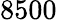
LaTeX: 8500